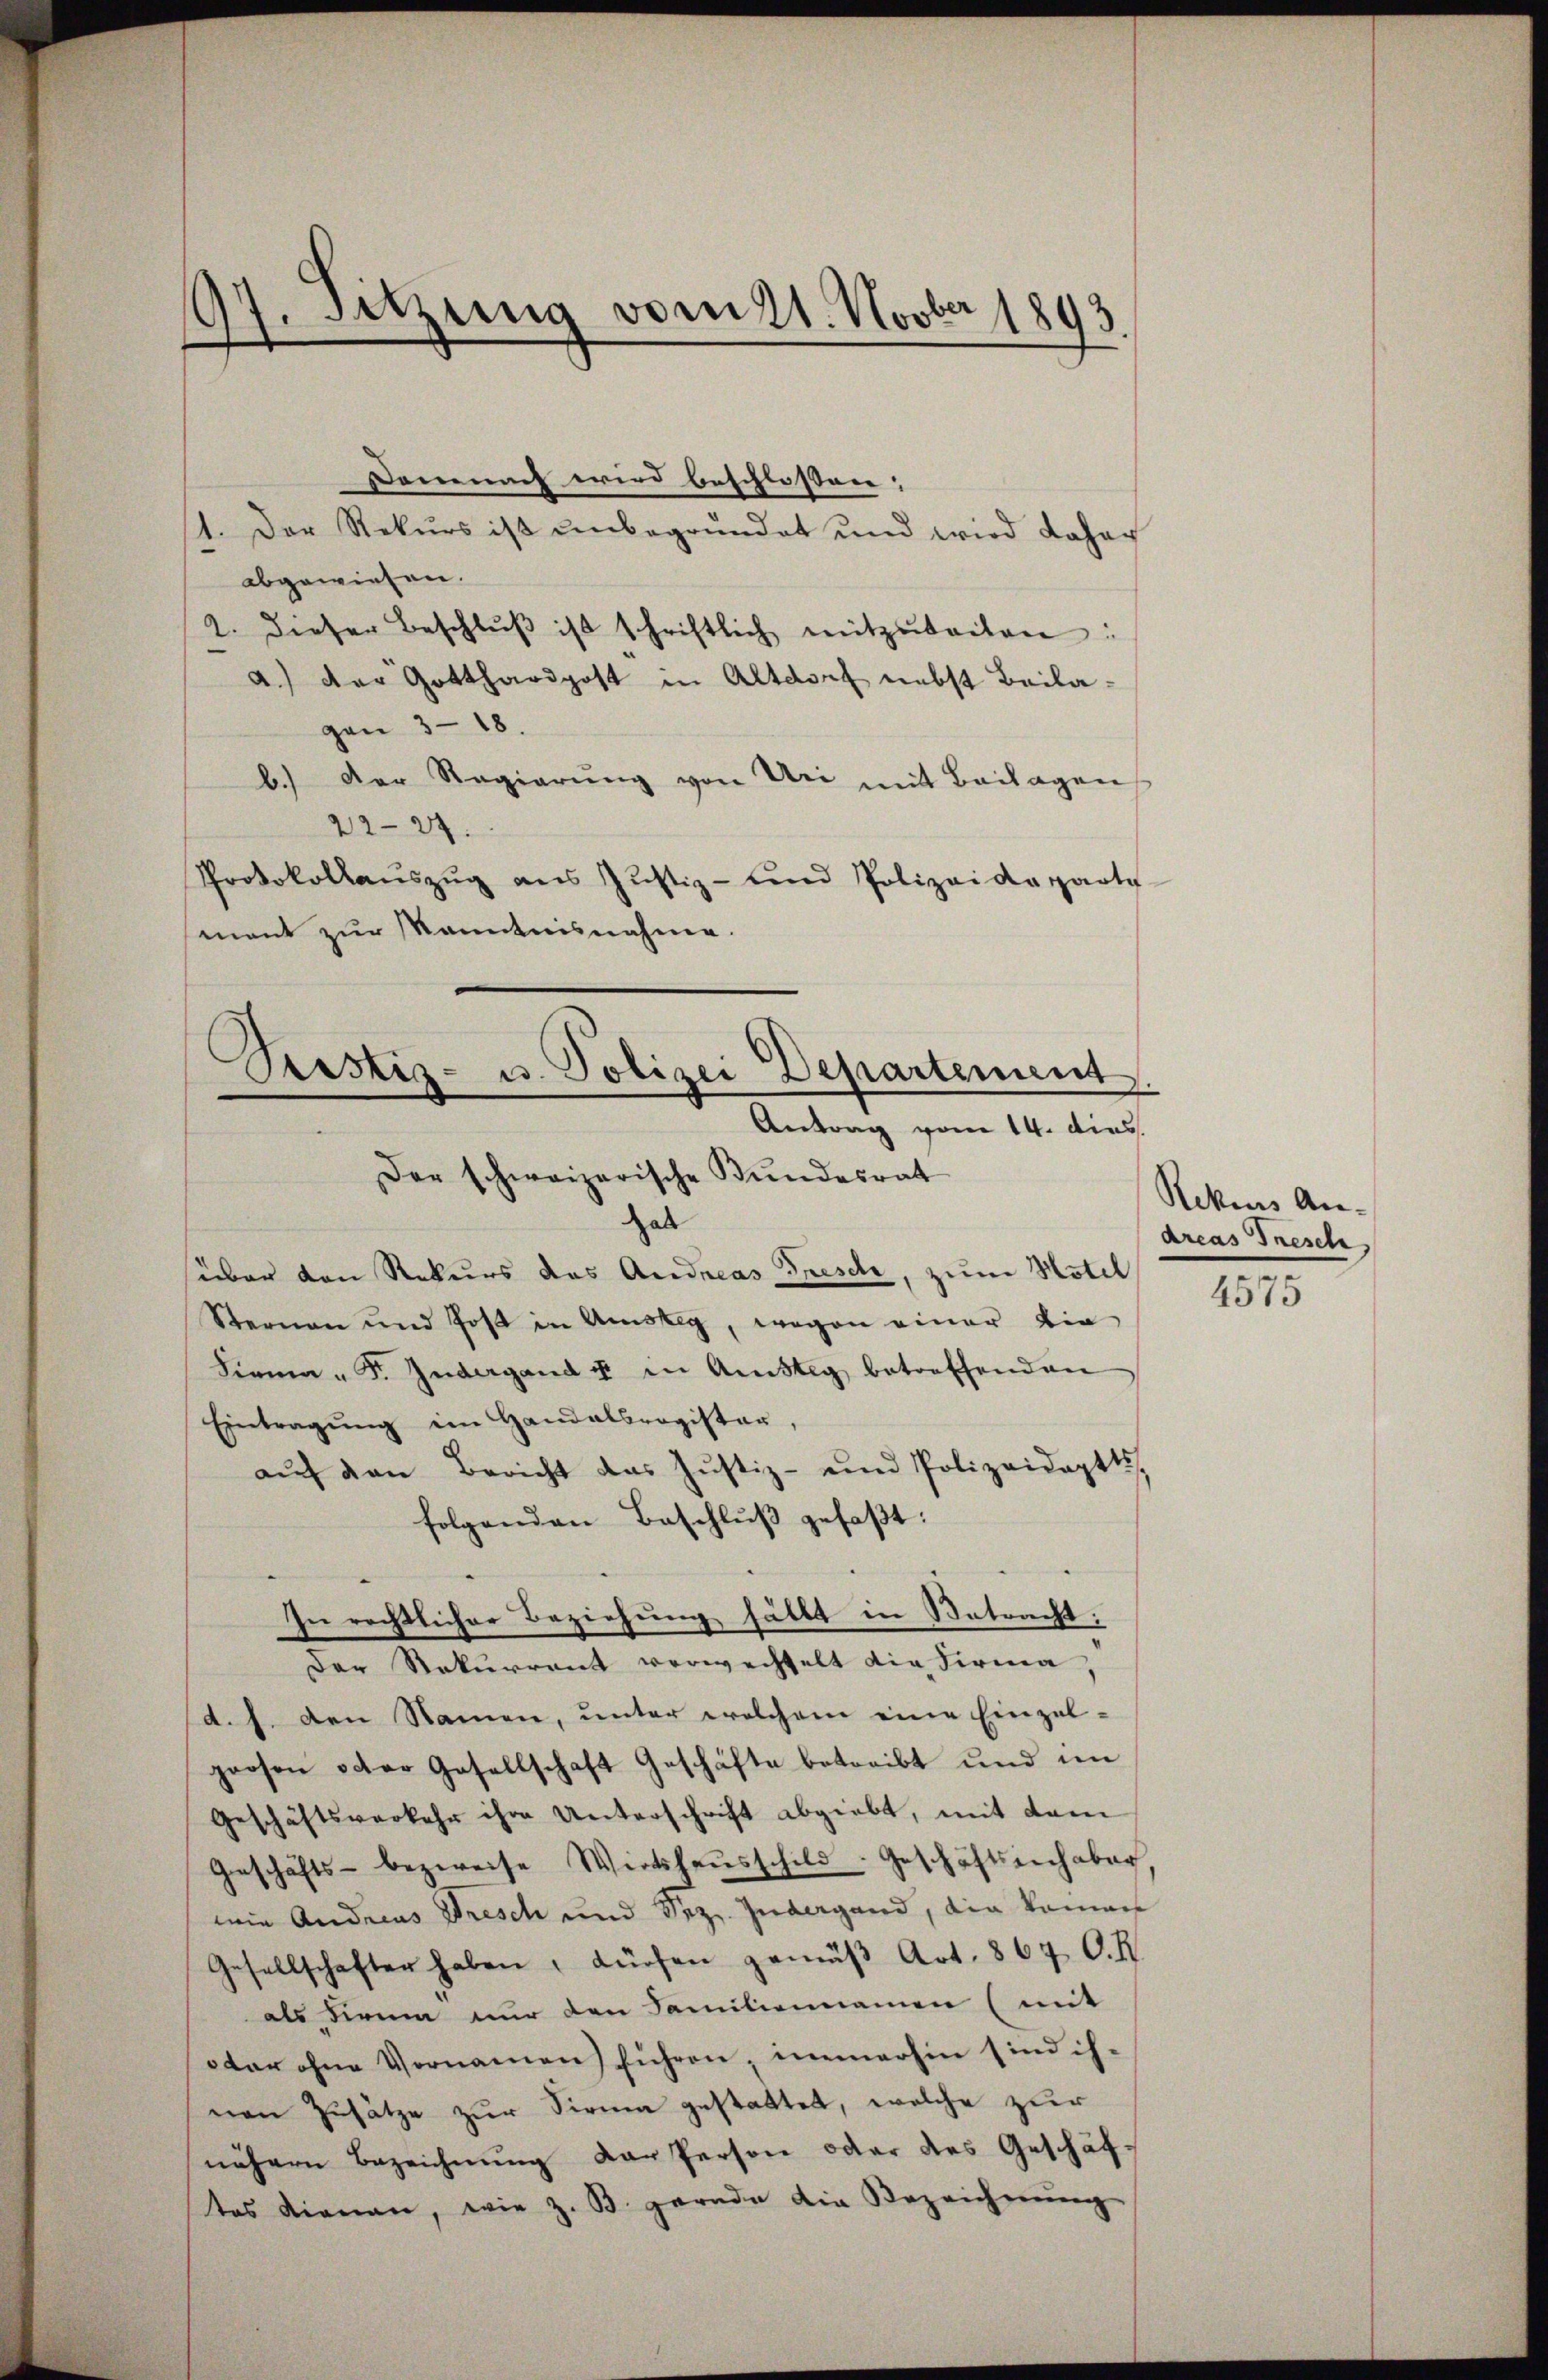
97. Sitzung vom 21. Novber 1893.

Dommt wird beschlossen:
1. Der Rekurs ist unbegründet und wird Johan
abgewiesen.
2. dieser Beschlŭβ ist schriftlich mitzŭteilen:
a.) Der Gotthardpost in Altdorf nebst Beilagen 318.
b.) Der Regierŭng von Uri mit Beilagen
22-27.
Protokollaŭszŭg ans Justiz- und Polizeideparte
mnent zur kanntnisnahme.

Prestiz- u. Polizei Departement
Antrag vom 14. dies
Der schweizerische Bundesrat

hab
süber den Rekurs das Andreas Frisch, zum Hotel
Sternen und Jost in Amsteg, wegen einer die
Firma " F. Indergand u in Anstig betreffenden
Eintragŭng im Handelsregister,
aŭf den Bericht das Justiz- und Polizeidaptts,
folgenden Beschluß gefaßt:
In rechtlicher Beziehung hättt in Betracht:
Der Rekurrent verwechselt die Firma,
d. J. den Namen, unter welchem eine Einzel-
prosen oder Gesellschaft Geschäfte betreibt und im
Geschäftsverkehr ihre Unterschrift abgiebt, mit dem
Geschäfts- bezweife Wirtshaŭsschild. Geschäftsinhaber
wie Andreas Dresch und Sez. Indergand, die Koman
Gesellschafter haben, dürfen gemäβ Art. 867 C. R
als Firum nur den Familiennamen (mit
otar ohne Vornamen führen, immerhin sind ihnen Zusätze zur Sirna gestattet, welche zur
nähern Bezeichnung der Person oder des Geschäftes dienen, wie z. B. gerade die Bezeichnŭng

Rekurs An-
dreas Tresch

4575